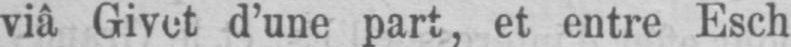
viâ Givet d’une part, et entre Esch